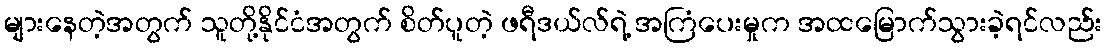
များနေတဲ့အတွက် သူတို့နိုင်ငံအတွက် စိတ်ပူတဲ့ ဖရီဒယ်လ်ရဲ့ အကြံပေးမှုက အထမြောက်သွားခဲ့ရင်လည်း